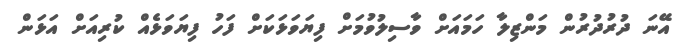
އޭނަ ދުރުދުރުން މަންޒިލާ ހަމައަށް ވާސިލުވުމަށް ފިޔަވަޅަކަށް ފަހު ފިޔަވަޅެއް ކުރިއަށް އަޅަން